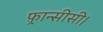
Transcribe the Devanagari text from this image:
फ़्रान्सीसी।